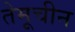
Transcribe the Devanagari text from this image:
तेमूचीन